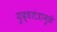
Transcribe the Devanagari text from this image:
युद्धतंत्रामुळे